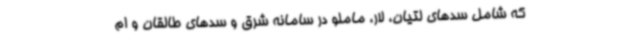
که شامل سدهای لتیان، لار، ماملو در سامانه شرق و سدهای طالقان و ام